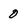
Character: 0